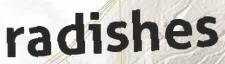
radishes